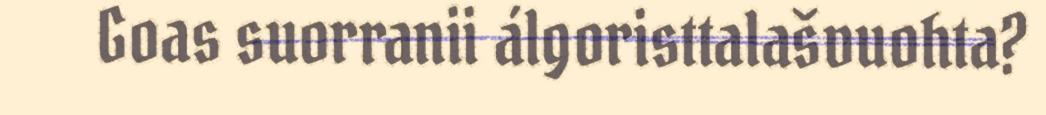
Goas suorranii álgoristtalašvuohta?